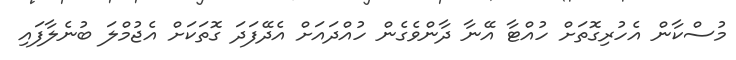
މުސްކާން އެހުރިގޮތަށް ހުއްޓާ އޭނާ ދާންވެގެން ހުއްދައަށް އެދޭފަދަ ގޮތަކަށް އެޖުމްލަ ބުނެލާފައި